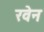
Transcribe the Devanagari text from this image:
रवेन